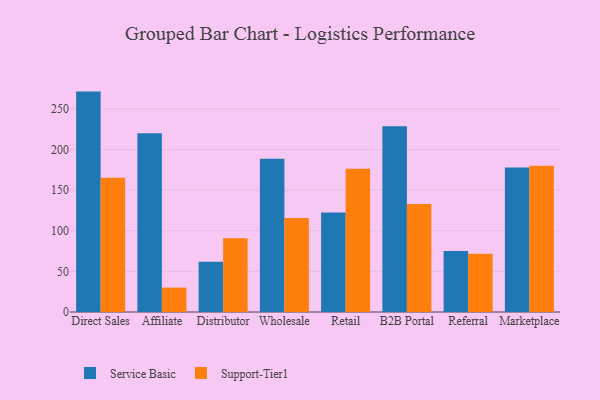
{"axis": {"x": "Channel", "y": "Page Views"}, "legend": ["Service Basic", "Support-Tier1"], "data": [{"x": "Direct Sales", "y": 271.2, "type": "Service Basic"}, {"x": "Direct Sales", "y": 165.3, "type": "Support-Tier1"}, {"x": "Affiliate", "y": 219.9, "type": "Service Basic"}, {"x": "Affiliate", "y": 30.0, "type": "Support-Tier1"}, {"x": "Distributor", "y": 61.9, "type": "Service Basic"}, {"x": "Distributor", "y": 90.9, "type": "Support-Tier1"}, {"x": "Wholesale", "y": 188.7, "type": "Service Basic"}, {"x": "Wholesale", "y": 115.8, "type": "Support-Tier1"}, {"x": "Retail", "y": 122.4, "type": "Service Basic"}, {"x": "Retail", "y": 176.4, "type": "Support-Tier1"}, {"x": "B2B Portal", "y": 228.7, "type": "Service Basic"}, {"x": "B2B Portal", "y": 132.9, "type": "Support-Tier1"}, {"x": "Referral", "y": 75.1, "type": "Service Basic"}, {"x": "Referral", "y": 71.8, "type": "Support-Tier1"}, {"x": "Marketplace", "y": 177.9, "type": "Service Basic"}, {"x": "Marketplace", "y": 180.1, "type": "Support-Tier1"}]}